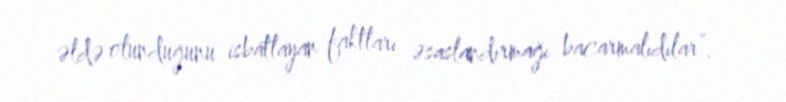
əldə olunduğunu isbatlayan faktları əsaslandırmağı bacarmalıdılar”.